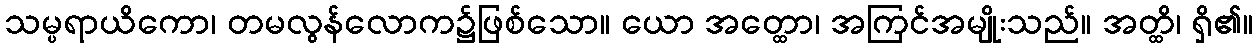
သမ္ပရာယိကော၊ တမလွန်လောက၌ဖြစ်သော။ ယော အတ္ထော၊ အကြင်အမျိုးသည်။ အတ္ထိ၊ ရှိ၏။